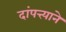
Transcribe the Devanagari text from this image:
दांपत्त्याने